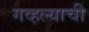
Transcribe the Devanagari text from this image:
गव्हल्याची